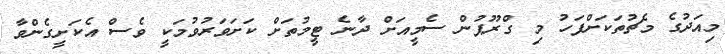
މިއަދުގެ މެޗުތަކަށްފަހު މި ގްރޫޕުން ސެމީއަށް ދާނެ ޓީމުތަށް ކަށަވަރުވުމަކީ ވެސް އެކަށީގެންވާ